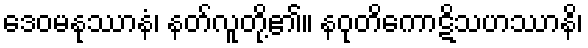
ဒေဝမနုဿာနံ၊ နတ်လူတို့၏။ နဝုတိကောဋိသဟဿာနိ၊